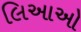
લિઆઓ